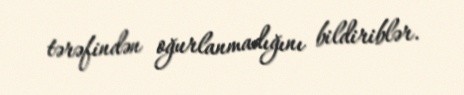
tərəfindən oğurlanmadığını bildiriblər.